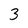
Character: 3